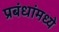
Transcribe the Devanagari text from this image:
प्रबंधांमध्ये